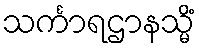
သင်္ကာရဌာနသ္မိံ